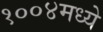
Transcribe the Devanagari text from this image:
१००४मध्ये